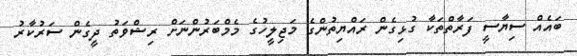
ބައެއް ސިޔާސީ ފަރާތްތަކާ ގުޅިގެން ރައްޔިތުންގެ މަޖިލީހުގެ މެމްބަރުންނަށް ރިޝްވަތު ދީގެން ސަރުކާރު